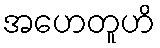
အဟေတူဟိ